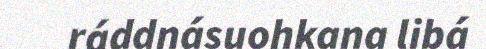
ráddnásuohkana libá